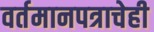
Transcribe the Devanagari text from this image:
वर्तमानपत्राचेही